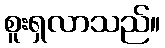
စူးရှလာသည်။